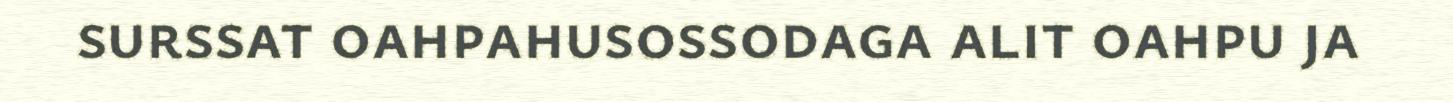
surssat oahpahusossodaga alit oahpu ja